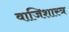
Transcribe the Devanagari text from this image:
वाजिशास्त्र